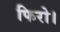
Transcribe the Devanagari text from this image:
फिरो।